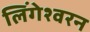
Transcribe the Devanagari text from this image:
लिंगेश्वरन